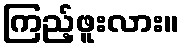
ကြည့်ဖူးလား။